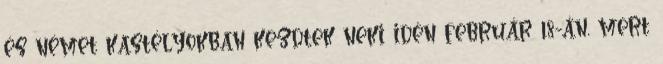
és német kastélyokban kezdtek neki idén február 18-án, mert